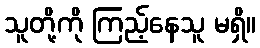
သူတို့ကို ကြည့်နေသူ မရှိ။